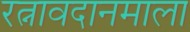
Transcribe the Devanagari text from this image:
रत्नावदानमाला